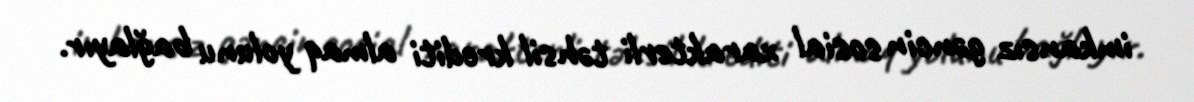
imkansız gəncin sosial xarakterli təhsil krediti almaq yolunu bağlayır.